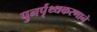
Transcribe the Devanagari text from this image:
पुनर्पृथ्थकरणाने